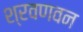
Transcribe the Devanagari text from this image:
श्रवणवन